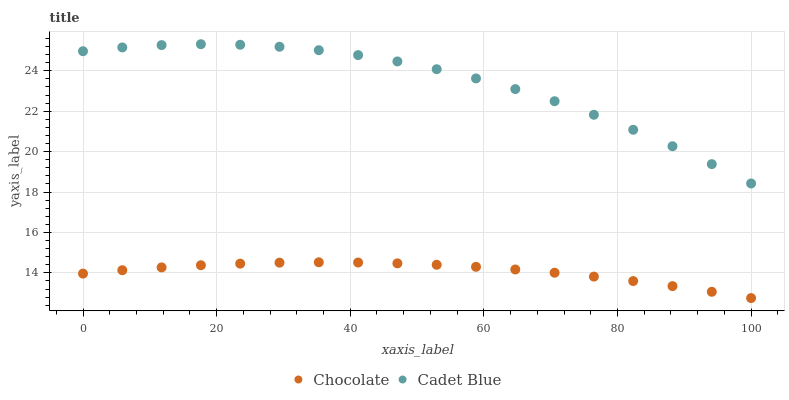
| xaxis_label | Chocolate | Cadet Blue |
 | --- | --- | --- |
 | 0 | 14 | 25 |
 | 5.88 | 14.1 | 25.2 |
 | 11.8 | 14.3 | 25.3 |
 | 17.6 | 14.4 | 25.3 |
 | 23.5 | 14.5 | 25.3 |
 | 29.4 | 14.5 | 25.2 |
 | 35.3 | 14.5 | 25 |
 | 41.2 | 14.5 | 24.8 |
 | 47.1 | 14.5 | 24.5 |
 | 52.9 | 14.4 | 24.1 |
 | 58.8 | 14.3 | 23.6 |
 | 64.7 | 14.2 | 23.1 |
 | 70.6 | 14 | 22.5 |
 | 76.5 | 13.8 | 21.8 |
 | 82.4 | 13.6 | 21.1 |
 | 88.2 | 13.3 | 20.3 |
 | 94.1 | 13.1 | 19.4 |
 | 100 | 12.8 | 18.4 |